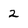
Character: 2